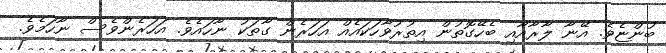
ބުންޏެވެ. އޭނާ ލާރާއާއި ބެހޭގޮތުން އިތުރުވާހަކައެއް އަހަރެން ގާތަކު ނާހައެވެ. އަހަރެންވެސް ނާހަމެވެ.